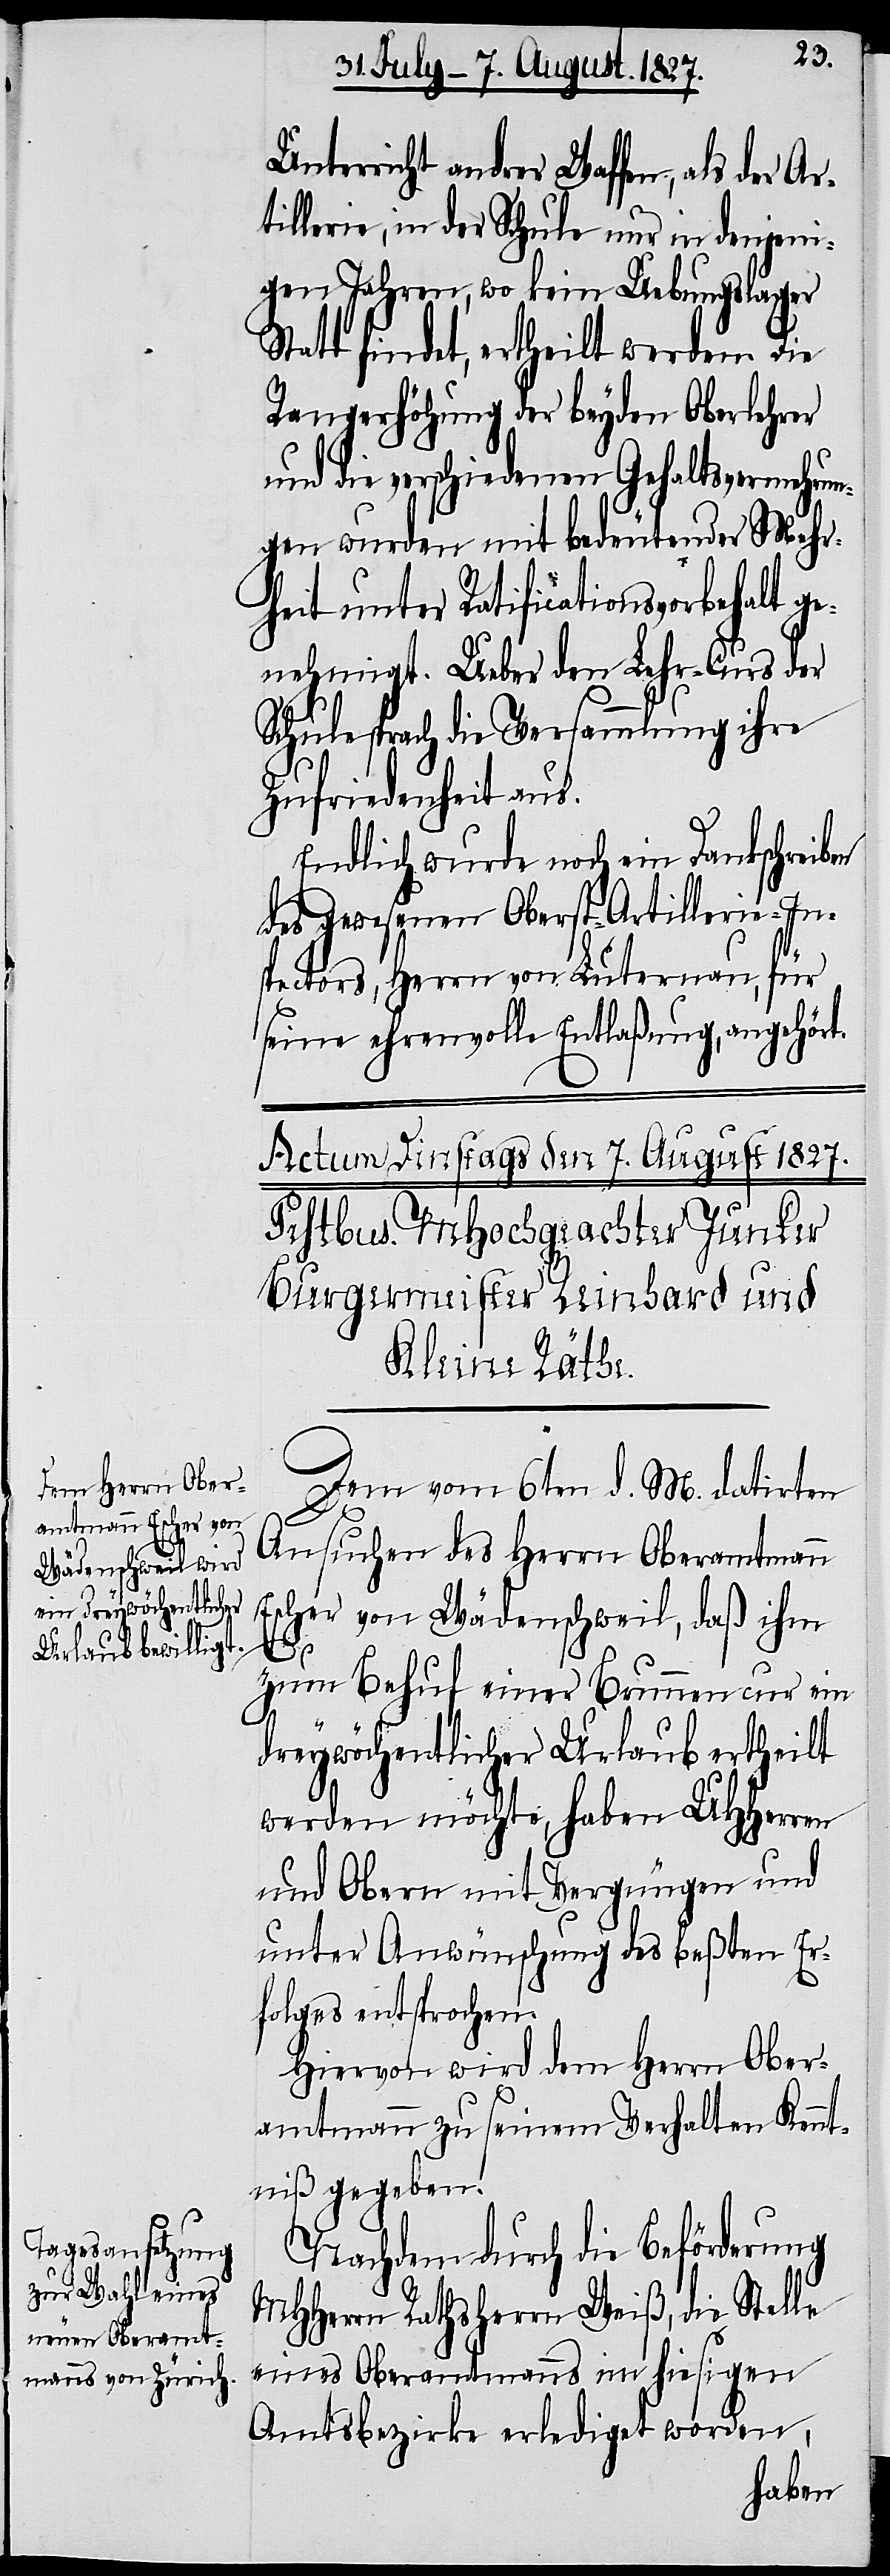
Unterricht andrer Waffen, als der Ar¬
tillerie, in der Schule nur in denjeni¬
gen Jahre, wo kein Uebungslager
Statt findet, ertheilt werden. Die
Rangerhöhung der beyden Oberlehrer
und die verschiedenen Gehaltsvermehrun¬
gen wurden mit bedeutender Mehr¬
heit unter Ratificationsvorbehalt ge¬
nehmigt. Ueber den Lehr-Curs der
Schule sprach die Versammlung ihre
Zufriedenheit aus.
Endlich wurde noch ein Dankschreiben
des gewesenen Oberst-Artillerie-In¬
spectors, Herrn von Luternau, für
seine ehrenvolle Entlaßung, angehör¬
Dem vom 6ten d. M. datirten
Ansuchen des Herrn Oberamtmann
Escher von Wädenschweil, daß ihm
zum Behuf einer Brunnencur ein
t.
dreywöchentlicher Urlaub ertheilt
werden möchte, haben UHHerren
und Obern mit Vergnügen und
unter Anwünschung des beßten Er¬
folges entsprochen.
Hiervon wird dem Herrn Ober¬
amtmann zu seinem Verhalten Kennt¬
niß gegeben.
Nachdem durch die Beförderung
MHHerrn Rathsherrn Weiß, die Stelle
eines Oberamtmanns im hiesigen
Amtsbezirke erlediget worden,